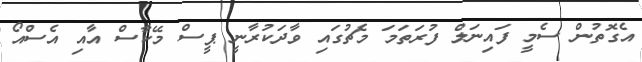
އެގޮތުން ސެމީ ފައިނަލް ފުރަތަމަ މެޗުގައި ވާދަކުރާނީ ޕީސް މޭކާސް އާއި އެސްއޯ